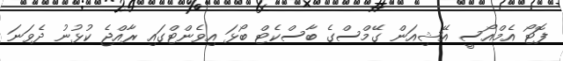
ފޮޓޯ އެމްއޯސީ އޭޝިއަން ގޭމްސްގެ ބާސްކެޓް ބޯޅަ އިވެންޓްގައި ރާއްޖެ ކުޅުނު ދެވަނަ